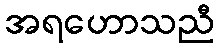
အရဟောသညီ